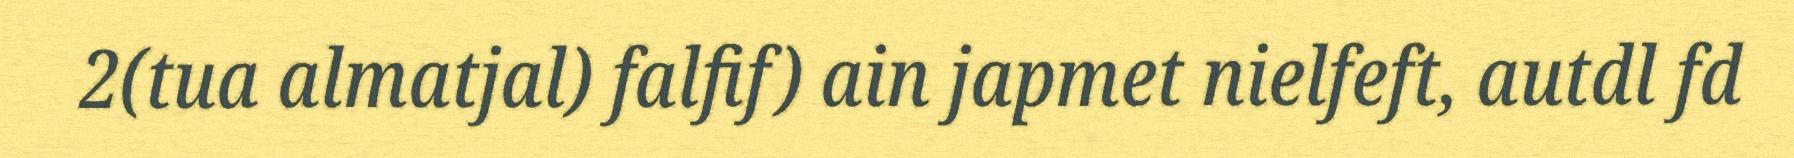
2(tua almatjal) falfif) ain japmet nielfeft, autdl fd